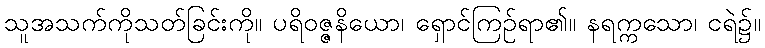
သူအသက်ကိုသတ်ခြင်းကို။ ပရိဝဇ္ဇနိယော၊ ရှောင်ကြဉ်ရာ၏။ နရက္ကသော၊ ငရဲ၌။